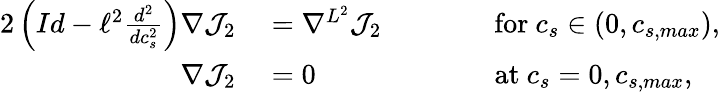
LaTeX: \begin{array}{rlrl}{{2}\left(Id-\ell^{2}\frac{d^{2}}{dc_{s}^{2}}\right)\nabla\mathcal{J}_{2}}&{{}=\nabla^{L^{2}}\mathcal{\mathcal{J}}_{2}}&{\qquad}&{{}\textrm{for}\ c_{s}\in(0,c_{s,max}),}\\ {\nabla{\mathcal{J}}_{2}}&{{}=0}&{\qquad}&{{}\textrm{at}\ c_{s}=0,c_{s,max},}\end{array}